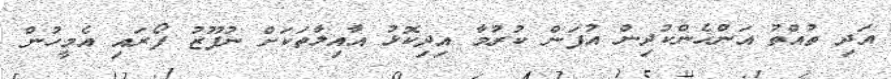
އަދި ތުއްތު އަންހެންކުދިން އުފަން ކުރުމާ އިދިކޮޅު އާއިލާތަކަށް ނުފޫޒު ފޯރައި އެމީހުން